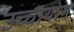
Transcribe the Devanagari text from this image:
उच्‍चायोग